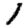
Digit: 1